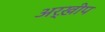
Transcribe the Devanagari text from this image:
अर्ख़ीप